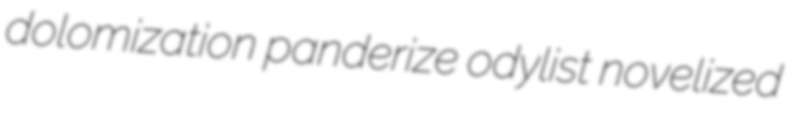
dolomization panderize odylist novelized